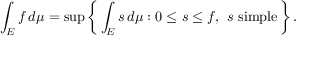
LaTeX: \int _ { E } f \, d \mu = \operatorname* { s u p } \left\{ \, \int _ { E } s \, d \mu : 0 \leq s \leq f , \ s \ { \mathrm { s i m p l e } } \, \right\} .